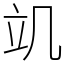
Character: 竌